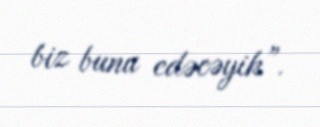
biz bunu edəcəyik”.